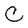
Character: C